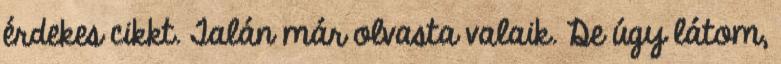
érdekes cikkt. Talán már olvasta valaik. De úgy látom,